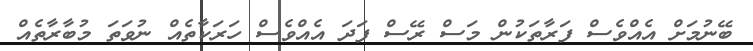
ބޭނުމަށް އެއްވެސް ފަރާތަކުން މަސް ރޭސް ފަދަ އެއްވެސް ހަރަކާތެއް ނުވަތަ މުބާރާތެއް